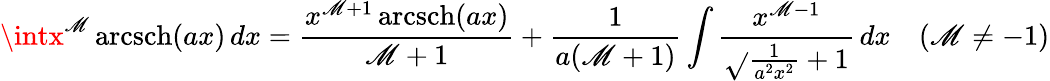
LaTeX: \intx^{\mathscr{M}}\operatorname{arcsch}(ax)\, dx={\frac{{x^{\mathscr{M}+1}\operatorname{arcsch}(ax)}}{{\mathscr{M}+1}}}+{\frac{{1}}{{a(\mathscr{M}+1)}}}\int{\frac{{x^{\mathscr{M}-1}}}{{\sqrt{}{{{\frac{{1}}{{a^{2}x^{2}}}}+1}}}}}\, dx\quad(\mathscr{M}\neq-1)